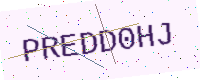
Text: PREDD0HJ